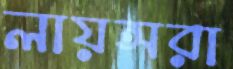
লায়ন্সরা